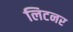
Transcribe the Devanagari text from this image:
लिटनर